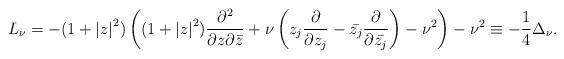
LaTeX: \begin{align*}L_{\nu }=-(1+\left\vert z\right\vert ^{2})\left( (1+\left\vert z\right\vert^{2})\frac{\partial ^{2}}{\partial z\partial \bar{z}}+\nu \left( z_{j}\frac{\partial }{\partial z_{j}}-\bar{z_{j}}\frac{\partial }{\partial \bar{z_{j}}}\right) -\nu ^{2}\right) -\nu ^{2}\equiv -\frac{1}{4}\Delta _{\nu }.\end{align*}